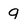
Character: g